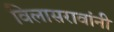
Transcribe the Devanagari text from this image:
विलासरावांनी